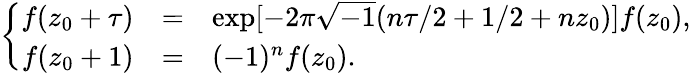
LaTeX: \left\{ \begin{array}{rcl}{{f(z_{0}+\tau)}}&{{=}}&{{\exp[-2\pi\sqrt{-1}(n\tau/2+1/2+nz_{0})]f(z_{0}),}}\\ {{f(z_{0}+1)}}&{{=}}&{{(-1)^{n}f(z_{0}).}}\end{array}\right.